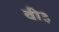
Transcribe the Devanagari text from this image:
वी३